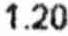
1.20